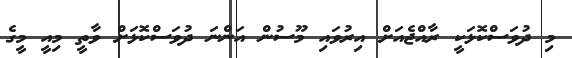
މި ދުވަސްކޮޅަކީ ރާއްޖެއަށް އިރުވައި މޫސުން އަންނަ ދުވަސްކޮޅަށް ވާތީ މިއީ މީގެ